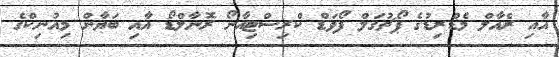
އާއި ރެއާލް މެޑްރިޑުގެ ޕޯޗުގަލް ފޯވަޑް ކްރިސްޓިއާނޯ ރޮނާލްޑޯ އާއި ބަޔާން މިއުނިކްގެ